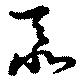
忝